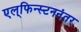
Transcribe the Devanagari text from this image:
एल्‌फिन्स्टननंतर